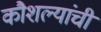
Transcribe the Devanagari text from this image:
कौशल्यांची